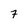
Character: 7